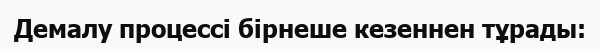
Демалу процессі бірнеше кезеннен тұрады: